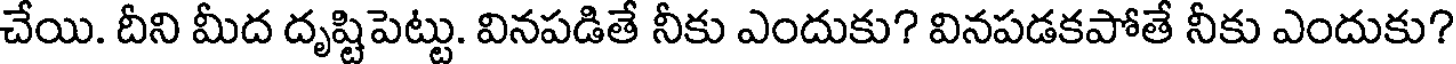
చేయి. దీని మీద దృష్టిపెట్టు. వినపడితే నీకు ఎందుకు? వినపడకపోతే నీకు ఎందుకు?